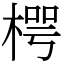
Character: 㮙